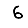
Digit: 6